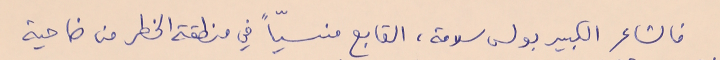
فالشاعر الكبير بولس سلامة، القابع منسيّاً في منطقة الخطر من ضاحية